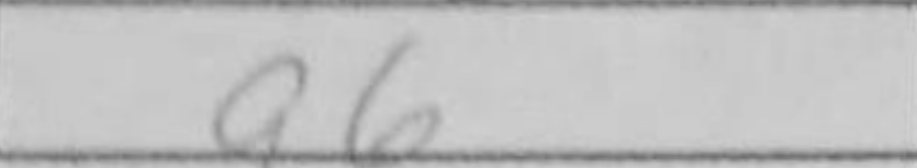
Transcription: g6